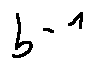
b ^ { - 1 }